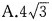
A.4 \sqrt{3}